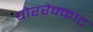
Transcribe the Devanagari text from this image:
पोररेक्काट